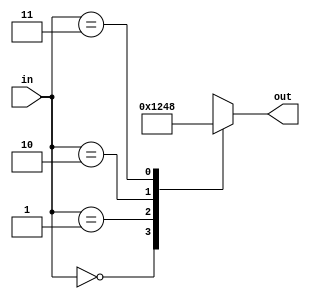
module decoder(in,out);
  input [1:0] in;
  output reg [3:0] out;
  always @(*)
    case(in)
      2'b00:out=4'b0001;
      2'b01:out=4'b0010;
      2'b10:out=4'b0100;
      2'b11:out=4'b1000;
      default:out=4'b000;
    endcase
endmodule